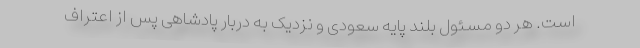
است. هر دو مسئول بلند پایه سعودی و نزدیک به دربار پادشاهی پس از اعتراف